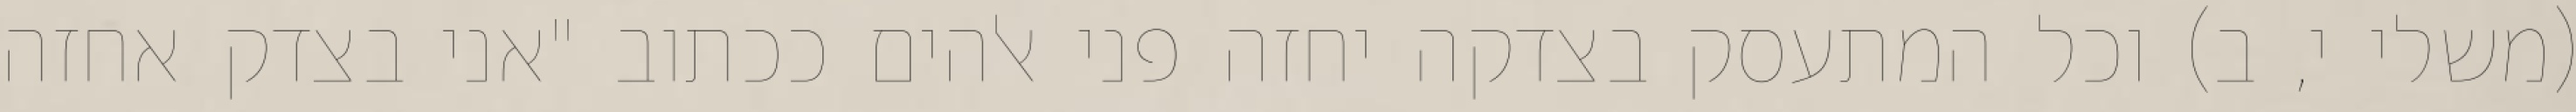
(משלי י, ב) וכל המתעסק בצדקה יחזה פני אלהים ככתוב "אני בצדק אחזה